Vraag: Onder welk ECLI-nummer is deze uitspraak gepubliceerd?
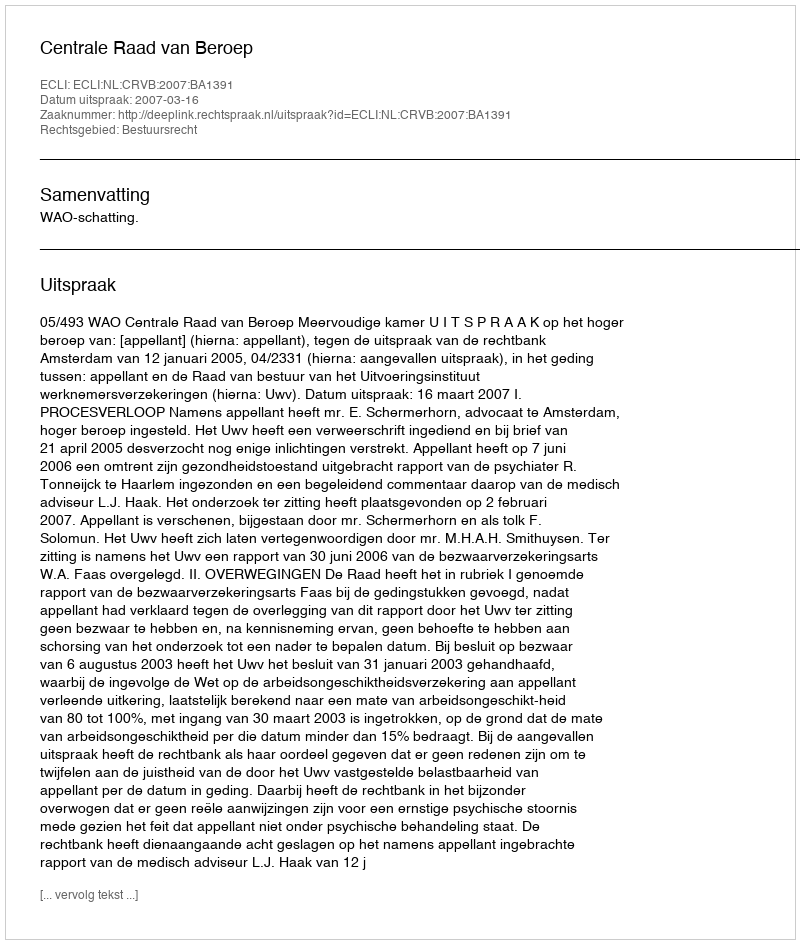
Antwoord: ECLI:NL:CRVB:2007:BA1391